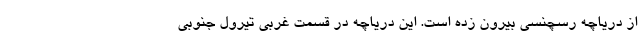
از دریاچه رسچنسی بیرون زده است. این دریاچه در قسمت غربی تیرول جنوبی